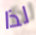
لذا